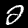
Label: 2